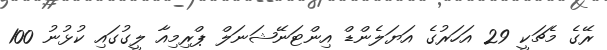
ރޭގެ މެޗަކީ 29 އަހަރުގެ އަޔަލެންޑް އިންޓަނޭޝަނަލް ޕްރިމިއާ ލީގުގައި ކުޅުނު 100